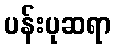
ပန်းပုဆရာ